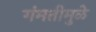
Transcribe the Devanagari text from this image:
गंमतीमुळे